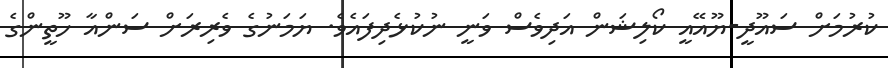
ކުރުމަށް ސައޫދީ-ޔޫއޭއީ ކޯލިޝަން އަދިވެސް ވަނީ ނުކުޅެދިފައެވެ. ޔަމަނުގެ ވެރިރަށް ސަންއާ ހޫތީންގެ